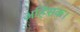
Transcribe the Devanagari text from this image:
अहिंसक।